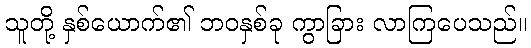
သူတို့ နှစ်ယောက်၏ ဘဝနှစ်ခု ကွာခြား လာကြပေသည်။